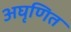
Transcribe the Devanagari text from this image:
अघृणित